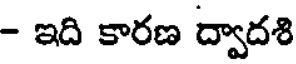
- ఇది కారణ ద్వాదశి